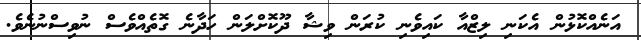
އަނެއްކޮޅުން އެކަނި ލިޒްއާ ކައިވެނި ކުރަން ވިޝާ ދޫކޮށްލަން ހަދާނެ ގޮތެއްވެސް ނުވިސްނުނެވެ.